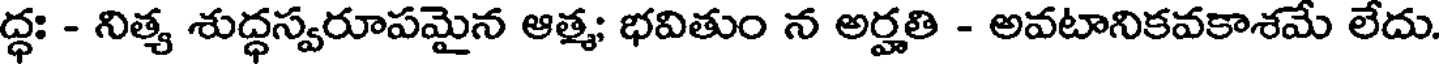
ద్ధః - నిత్య శుద్ధస్వరూపమైన ఆత్మ; భవితుం న అర్హతి - అవటానికవకాశమే లేదు.